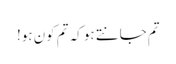
تم جانتے ہو کہ تم کون ہو!